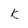
Character: k